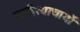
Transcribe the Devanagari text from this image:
साहित्याचार्यो